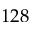
1 2 8